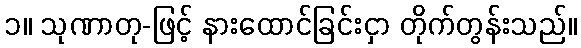
၁။ သုဏာတု-ဖြင့် နားထောင်ခြင်းငှာ တိုက်တွန်းသည်။